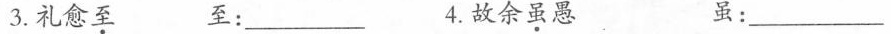
3.礼愈至 至：___ 4.故余虽愚 虽：___